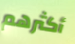
أكثرهم